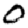
Digit: 0